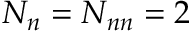
N _ { n } = N _ { n n } = 2